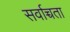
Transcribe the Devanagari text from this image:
सर्वाच्चता